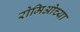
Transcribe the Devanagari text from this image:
रोमिओच्या